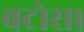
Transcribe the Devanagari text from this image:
बटोरा।